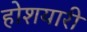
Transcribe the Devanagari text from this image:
होशयारी